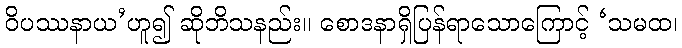
ဝိပဿနာယ’ဟူ၍ ဆိုဘိသနည်း။ စောဒနာရှိပြန်ရာသောကြောင့် ‘သမထ၊